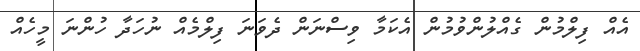
އެއް ފިލްމުން ގެއްލުންވުމުން އެކަމާ ވިސްނަން ދެވަނަ ފިލްމެއް ނުހަދާ ހުންނަ މީހެއް